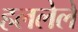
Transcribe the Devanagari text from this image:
हललेले